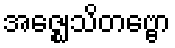
အဇ္ဈေသိတဗ္ဗော